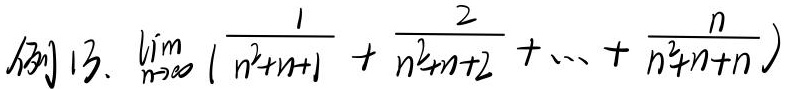
例13. 求\(\lim_{n \to \infty} \left(\frac{1}{n^{2}+n + 1}+\frac{2}{n^{2}+n + 2}+\cdots+\frac{n}{n^{2}+n + n}\right)\)